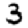
Digit: 3